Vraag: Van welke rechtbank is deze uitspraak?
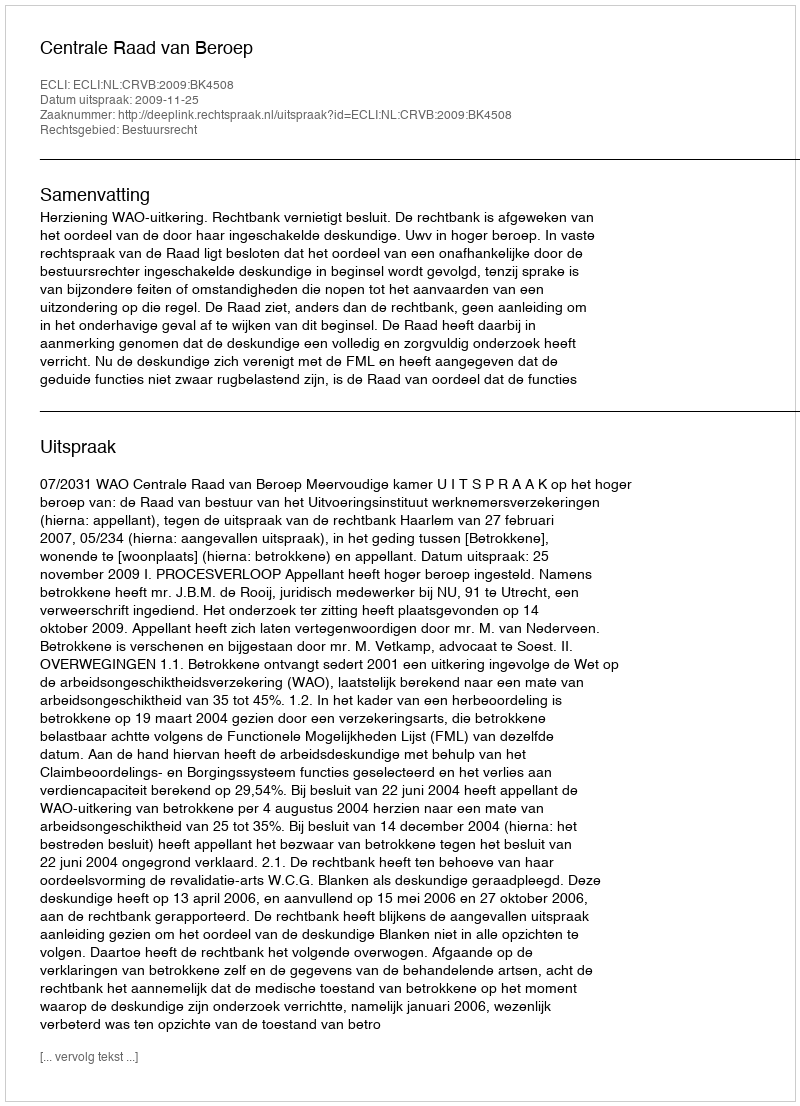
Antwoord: Centrale Raad van Beroep